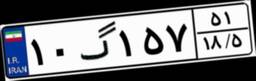
۱۰گ۱۵۷۵۱